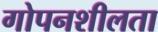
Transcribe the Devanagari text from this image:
गोपनशीलता